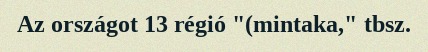
Az országot 13 régió "(mintaka," tbsz.